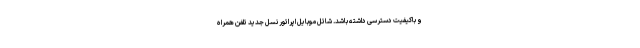
و باکیفیت دسترسی داشته باشد. شاتل موبایل اپراتور نسل جدید تلفن همراه